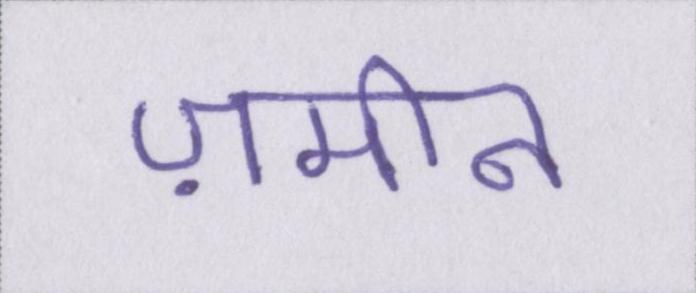
ज़मीन